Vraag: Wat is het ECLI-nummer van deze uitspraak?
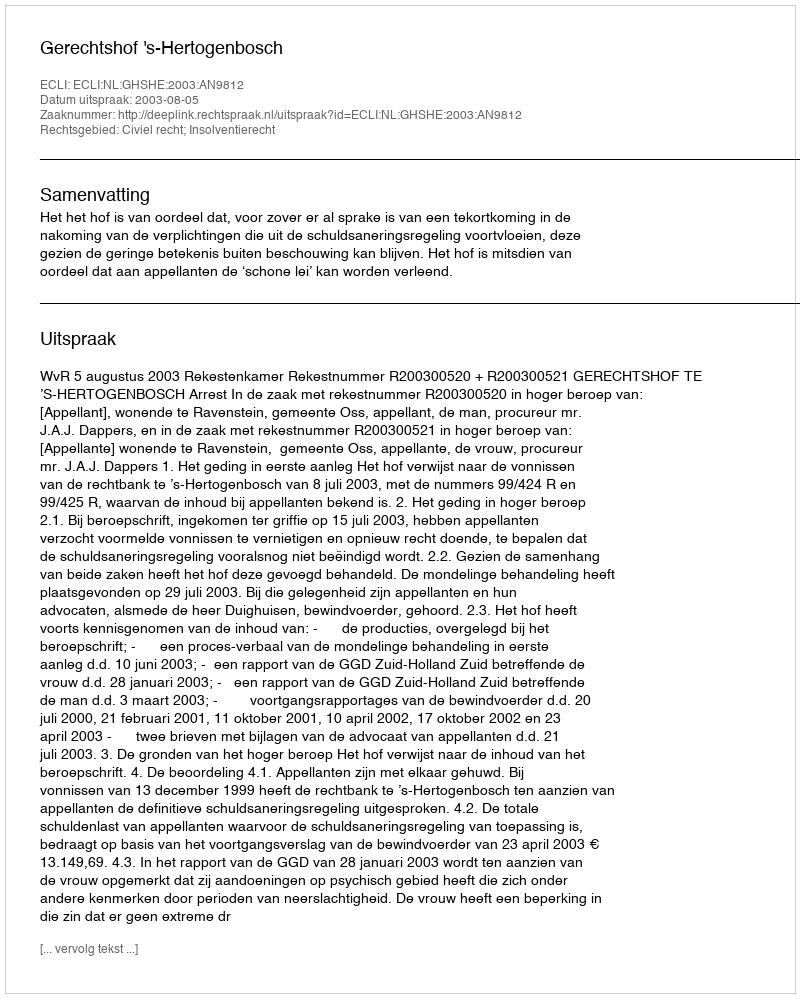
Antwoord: ECLI:NL:GHSHE:2003:AN9812